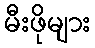
မီးဖိုများ